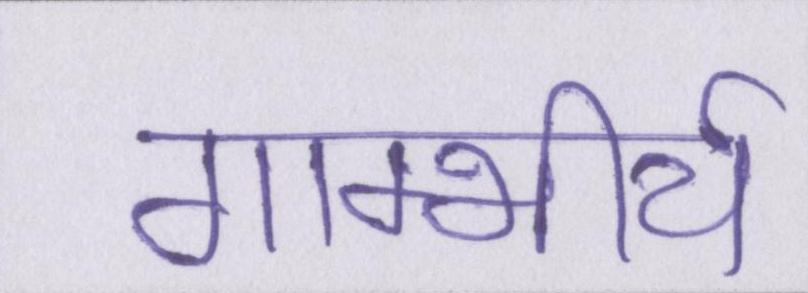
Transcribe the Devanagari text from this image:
गाम्भीर्य